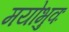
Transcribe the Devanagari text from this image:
मयोभुवः